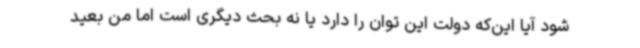
شود آیا این‌که دولت این توان را دارد یا نه بحث دیگری است اما من بعید